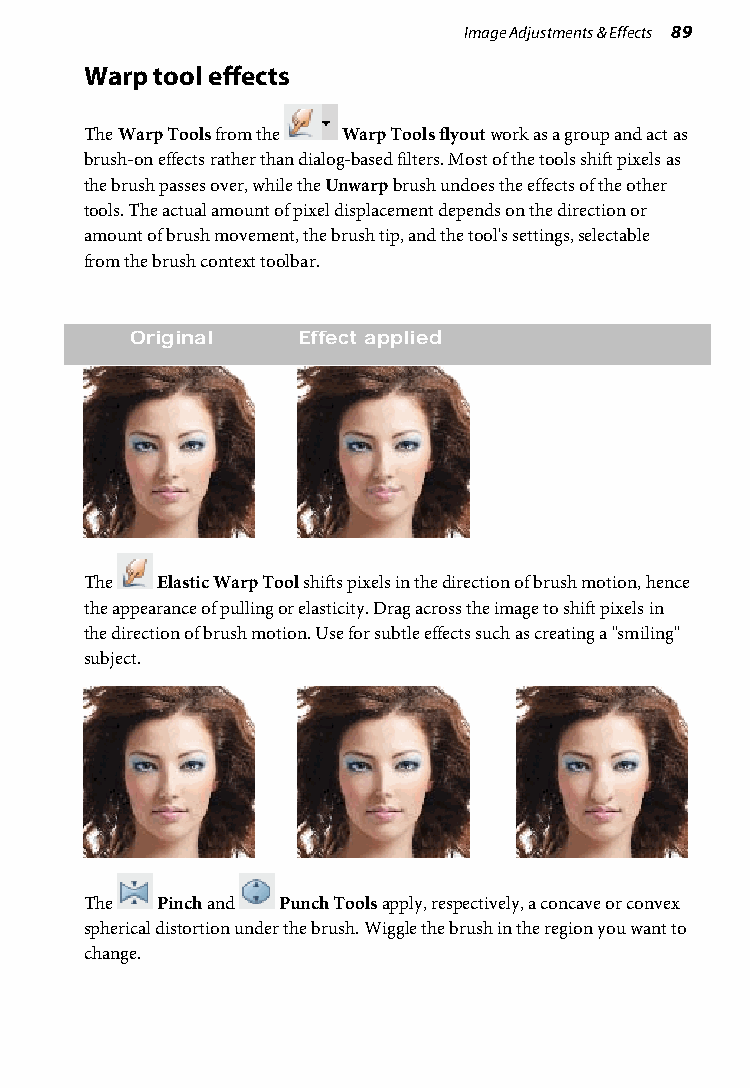
Image Adjustments & Effects 89
 Warp tool effects
 The Warp Tools from the Warp Tools flyout work as a group and act as
 brush-on effects rather than dialog-based filters. Most of the tools shift pixels as
 the brush passes over, while the Unwarp brush undoes the effects of the other
 tools. The actual amount of pixel displacement depends on the direction or
 amount of brush movement, the brush tip, and the tool's settings, selectable
 from the brush context toolbar.
 Original   Effect applied
 The Elastic Warp Tool shifts pixels in the direction of brush motion, hence
 the appearance of pulling or elasticity. Drag across the image to shift pixels in
 the direction of brush motion. Use for subtle effects such as creating a "smiling"
 subject.
 The Pinch and Punch Tools apply, respectively, a concave or convex
 spherical distortion under the brush. Wiggle the brush in the region you want to
 change.